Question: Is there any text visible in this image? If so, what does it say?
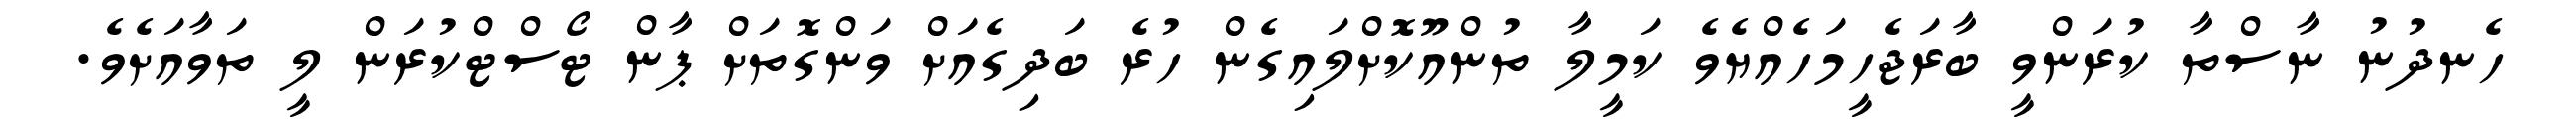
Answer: ހެނދުނު ނާސްތާ ކުރަންވީ ބާރަޖެހީމަހެއްޔެވެ ކަމީލާ ތުންއޫކޮށްލައިގެން ހުރެ ބަދިގެއަށް ވަންގޮތަށް ޕާން ޓޯސްޓްކުރަން ލީ ތަވާއަށެވެ.